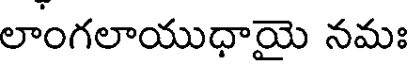
లాంగలాయుధాయై నమః